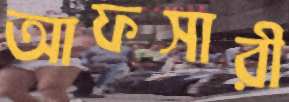
আফসারী